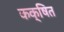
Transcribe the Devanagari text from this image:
कक्षित